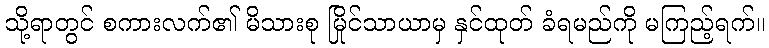
သို့ရာတွင် စကားလက်၏ မိသားစု မြိုင်သာယာမှ နှင်ထုတ် ခံရမည်ကို မကြည့်ရက်။